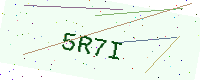
Text: 5R7I